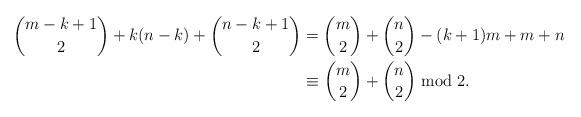
LaTeX: \begin{align*}\binom{m-k+1}{2} + k(n-k) + \binom{n-k+1}{2} &=\binom{m}{2} + \binom{n}{2} - (k+1)m + m + n\\ &\equiv\binom{m}{2} + \binom{n}{2} \bmod 2.\end{align*}